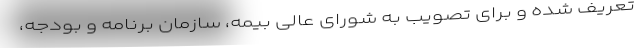
تعریف شده و برای تصویب به شورای عالی بیمه، سازمان برنامه و بودجه،